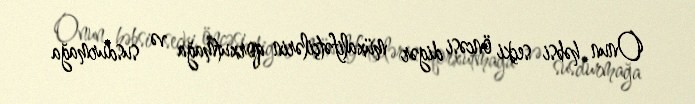
Onun həbsi seçki öncəsi digər müxalifətçilərin qorxutmağa və susdurmağa